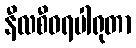
နီလစီဝရပါရုတာ